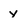
Character: Y